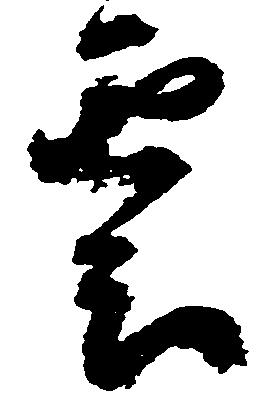
雲